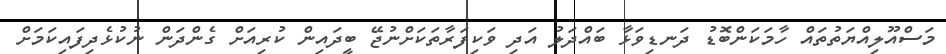
މަސްއޫލިއްޔަތުތައް ހާމަކަންބޮޑު ދަނޑިވަޅާ ބައްދަލު އަދި ވަކިފަރާތަކަށްނުޖޭ ބީދައިން ކުރިއަށް ގެންދަން ނުކުޅެދިފައިކަމަށް